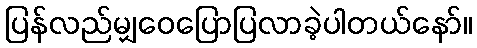
ပြန်လည်မျှဝေပြောပြလာခဲ့ပါတယ်နော်။